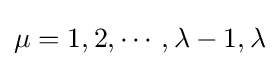
\mu =1,2,\cdots ,\lambda -1,\lambda